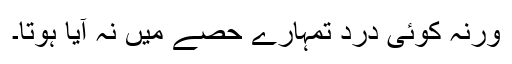
ورنہ کوئی درد تمہارے حصے میں نہ آیا ہوتا۔